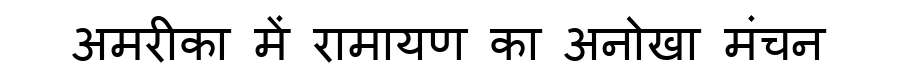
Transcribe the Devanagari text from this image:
अमरीका में रामायण का अनोखा मंचन